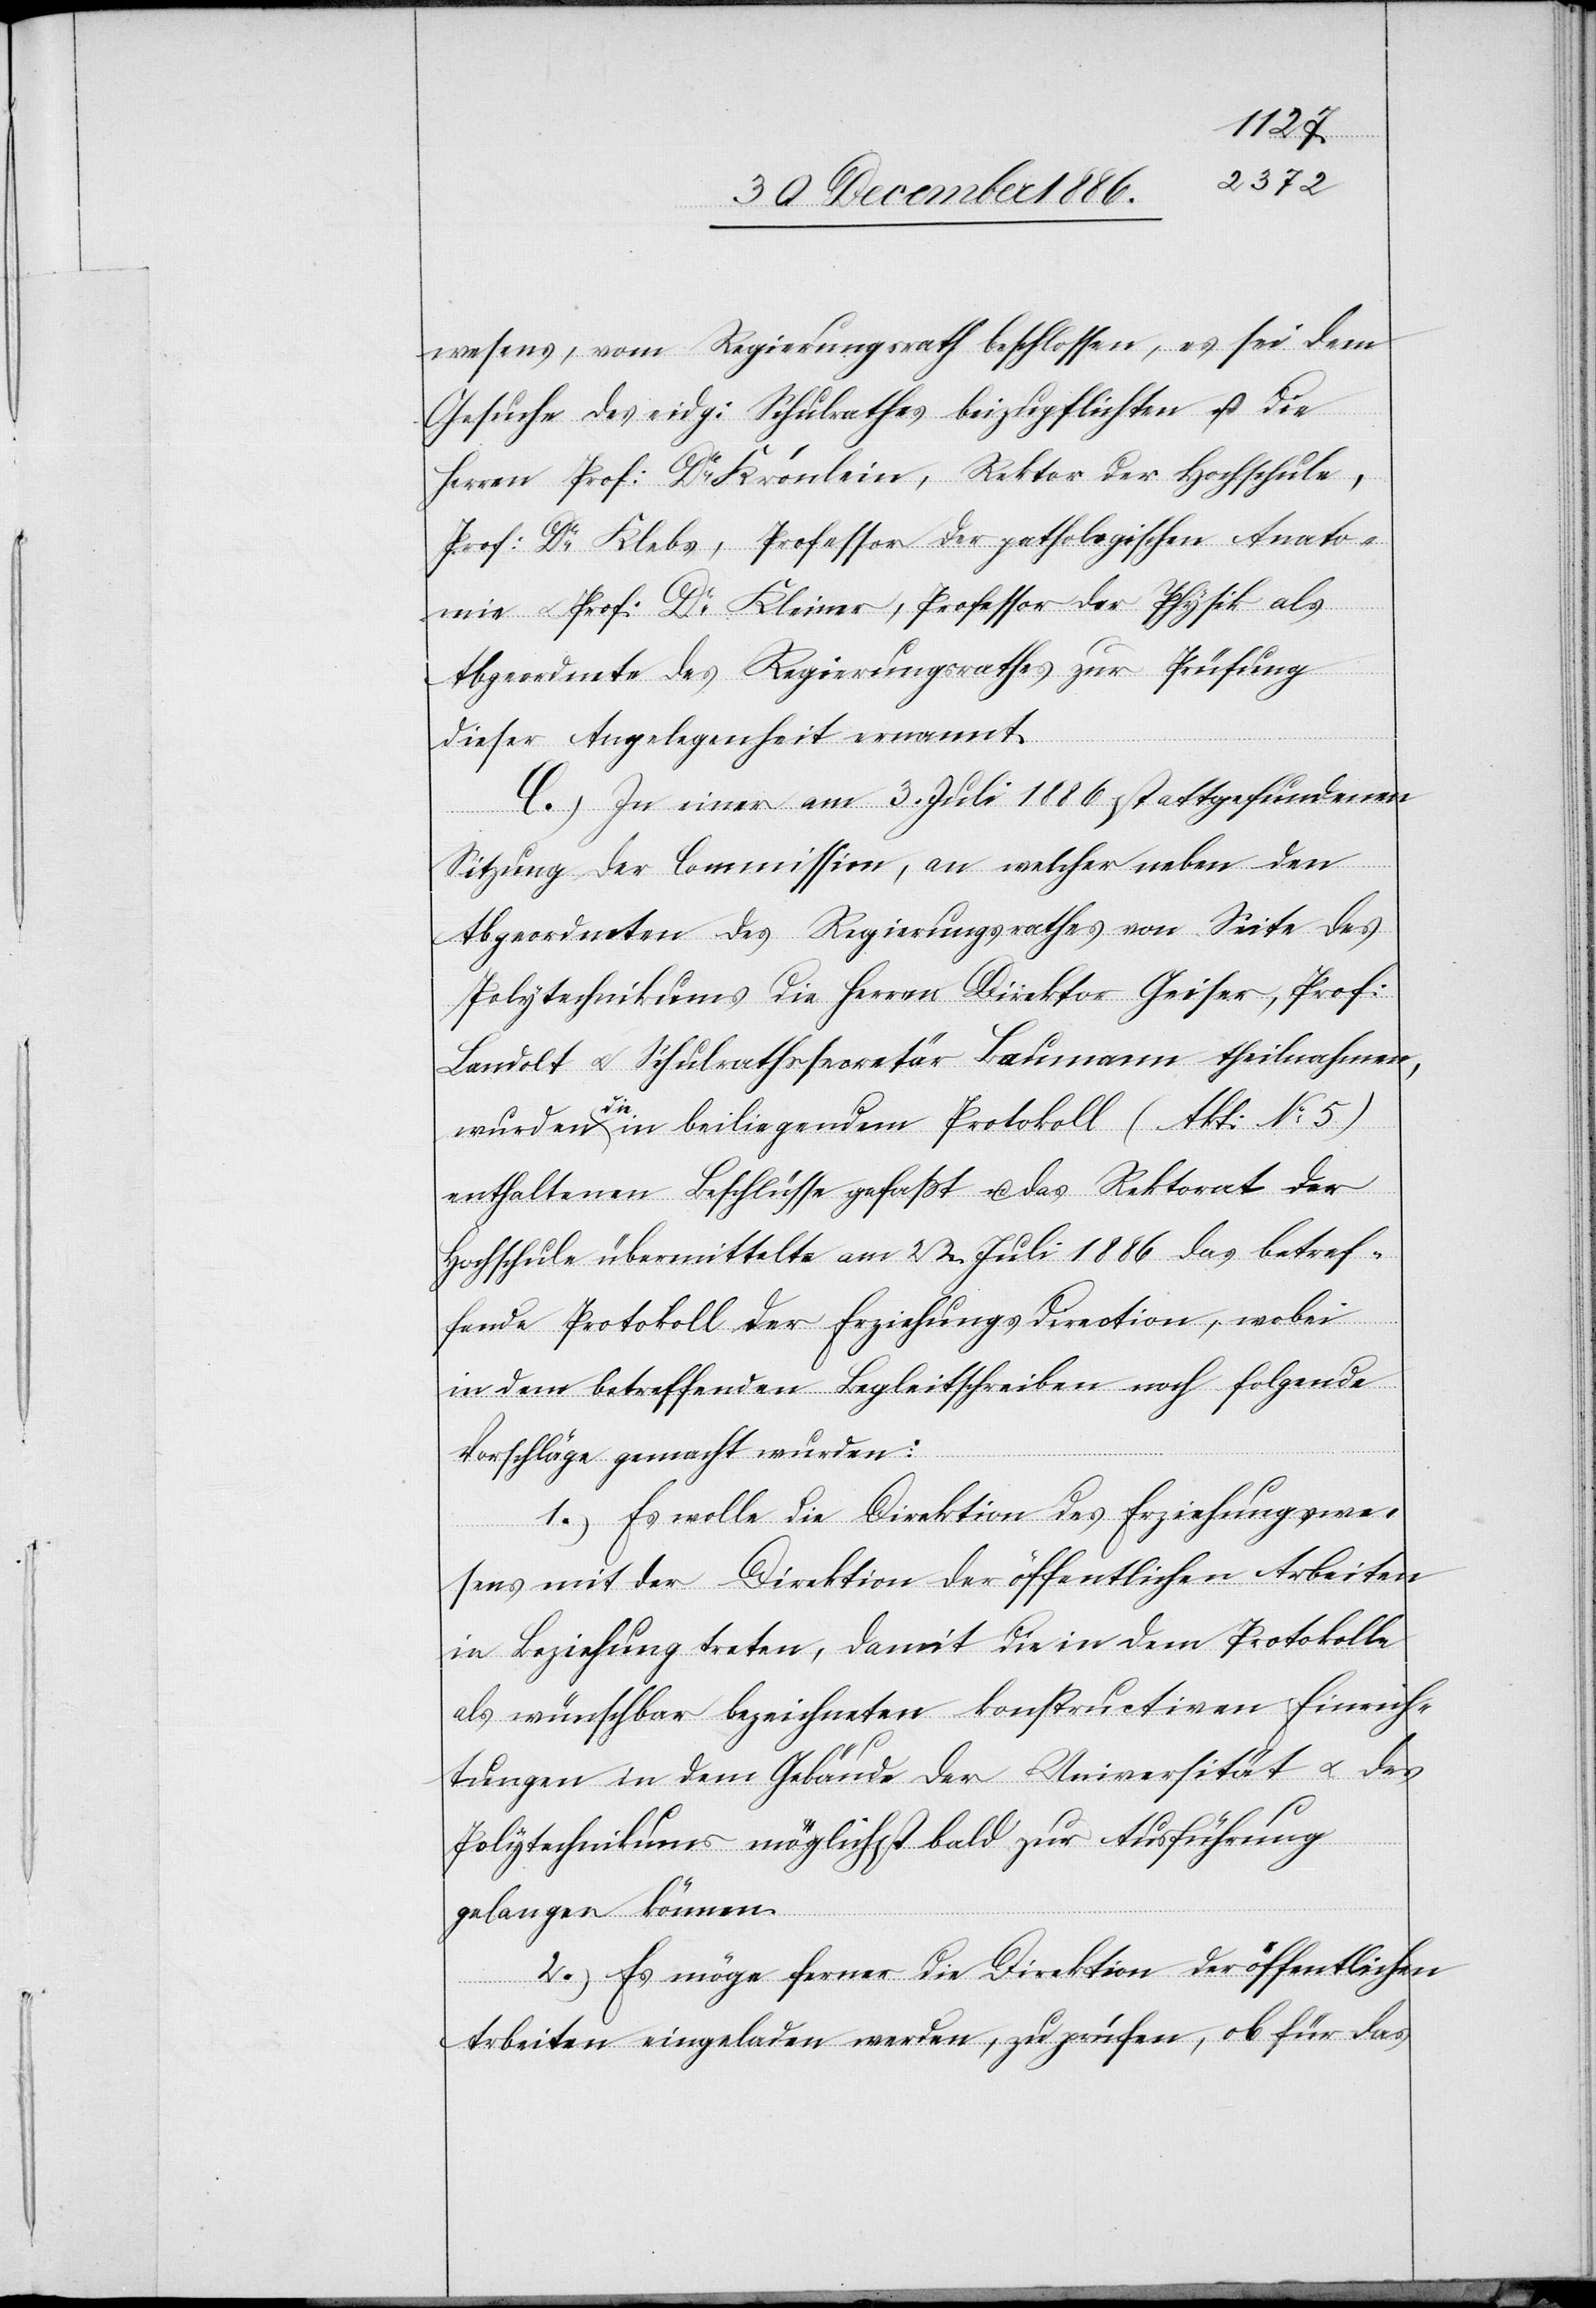
wesens, vom Regierungsrath beschlossen, es sei dem
Gesuche des eidg: Schulrathes beizupflichten u. die
Herren Prof: Dr Krönlein, Rektor der Hochschule,
Prof: Dr Klebs, Professor der pathologischen Anato¬
mie & Prof: Dr Kleiner, Professor der Physik als
Abgeordnete des Regierungsrathes zur Prüfung
dieser Angelegenheit ernannt.
C.) In einer am 3. Juli 1886 stattgefundenen
Sitzung der Commission, an welcher neben den
Abgeordneten des Regierungsrathes von Seite des
Polytechnikums die Herren Direktor Geiser, Prof:
Landolt & Schulrathssecretär Baumann theilnahmen,
wurden die in beiliegendem Protokoll (Akt: No 5)
enthaltenen Beschlüsse gefaßt u. das Rektorat der
Hochschule übermittelte am 22. Juli 1886 das betref¬
fende Protokoll der Erziehungsdirection, wobei
in dem betreffenden Begleitschreiben noch folgende
Vorschläge gemacht wurden:
1.) Es wolle die Direktion des Erziehungswe¬
sens mit der Direktion der öffentlichen Arbeiten
in Beziehung treten, damit die in dem Protokolle
als wünschbar bezeichneten konstructiven Einrich¬
tungen in dem Gebäude der Universität & des
Polytechnikums möglichst bald zur Ausführung
gelangen können.
2.) Es möge ferner die Direktion der öffentlichen
Arbeiten eingeladen werden, zu prüfen, ob für das